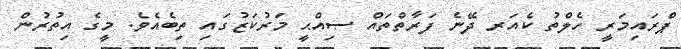
ޕްރައިމަރީ ހެލްތު ކެއަރ ދޭނެ ފަރާތްތައް ޞިއްޙީ މަރުކަޒުގައި ތިބެއެވެ. މީގެ އިތުރުން